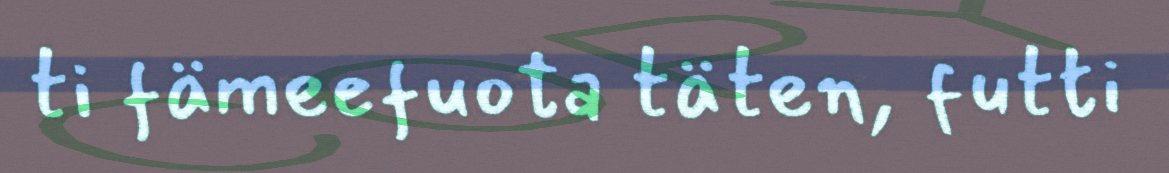
ti fämeefuota täten, futti